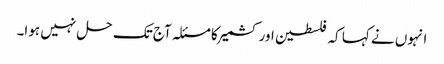
انہوں نے کہا کہ فلسطین اور کشمیر کا مسئلہ آج تک حل نہیں ہوا۔